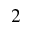
^ 2